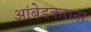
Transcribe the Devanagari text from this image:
आंबेडकराना